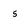
Character: 5